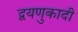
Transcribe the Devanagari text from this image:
द्वयणुकादी